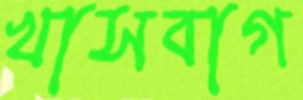
খাসবাগ